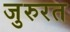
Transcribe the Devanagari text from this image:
जुरुरत